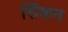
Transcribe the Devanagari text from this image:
सिंकन